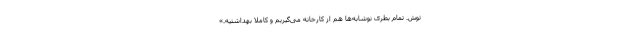
توش. تمام بطری نوشابه‌ها هم از کارخانه می‌گیریم و کاملاً بهداشتیه.»